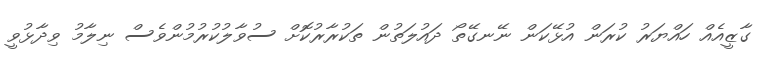
ގާޒީއެއް ހައްޔަރު ކުރަން އުޅޭކަން ނޭނގޭތޯ ދައުލަތުން ތަކުރާރުކޮށް ސުވާލުކުރުމުންވެސް ނިލާމު ވިދާޅުވީ